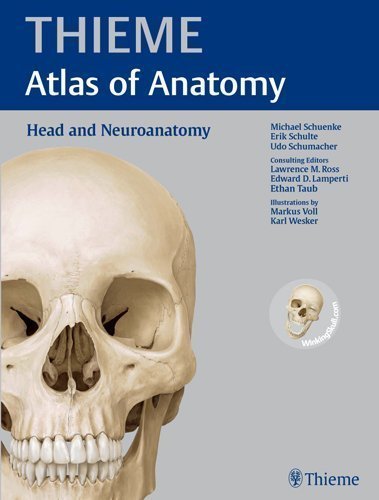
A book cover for Head and Neuroanatomy (THIEME Atlas of Anatomy) Reprint Edition by Schuenke, Michael, Schulte, Erik, Schumacher, Udo, Ross, Law [2010]; Medical Books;